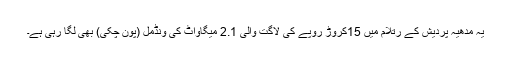
یہ مدھیہ پردیش کے رتلام میں 15کروڑ روپے کی لاگت والی 2.1 میگاواٹ کی ونڈمل (پون چکّی) بھی لگا رہی ہے۔